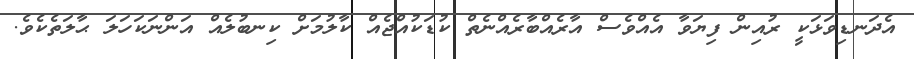
އެދަނޑިވަޅަކީ ރުއިން ފިޔަވާ އެއްވެސް އާރެއްބާރެއްނެތް ކުޑަކުއްޖެއް ކާލުމަށް ކިނބުލެއް އަންނަކަހަލަ ޙާލަތެކެވެ.